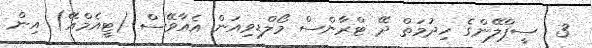
3  ސީޕްލޭންގެ ހިދުމަތް ދޭ ޓްރާންސް މޯލްޑިވިއަން އެއާވޭސް (ޓީއެމްއޭ) އިން